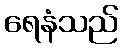
ရေနံသည်